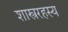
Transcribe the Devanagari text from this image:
शास्त्ररहस्य